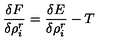
\frac { \delta F } { \delta \rho _ { i } ^ { r } } = \frac { \delta E } { \delta \rho _ { i } ^ { r } } - T